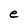
Character: e